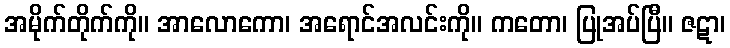
အမိုက်တိုက်ကို။ အာလောကော၊ အရောင်အလင်းကို။ ကတော၊ ပြုအပ်ပြီ။ ဇဋာ၊